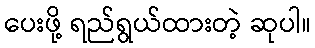
ပေးဖို့ ရည်ရွယ်ထားတဲ့ ဆုပါ။